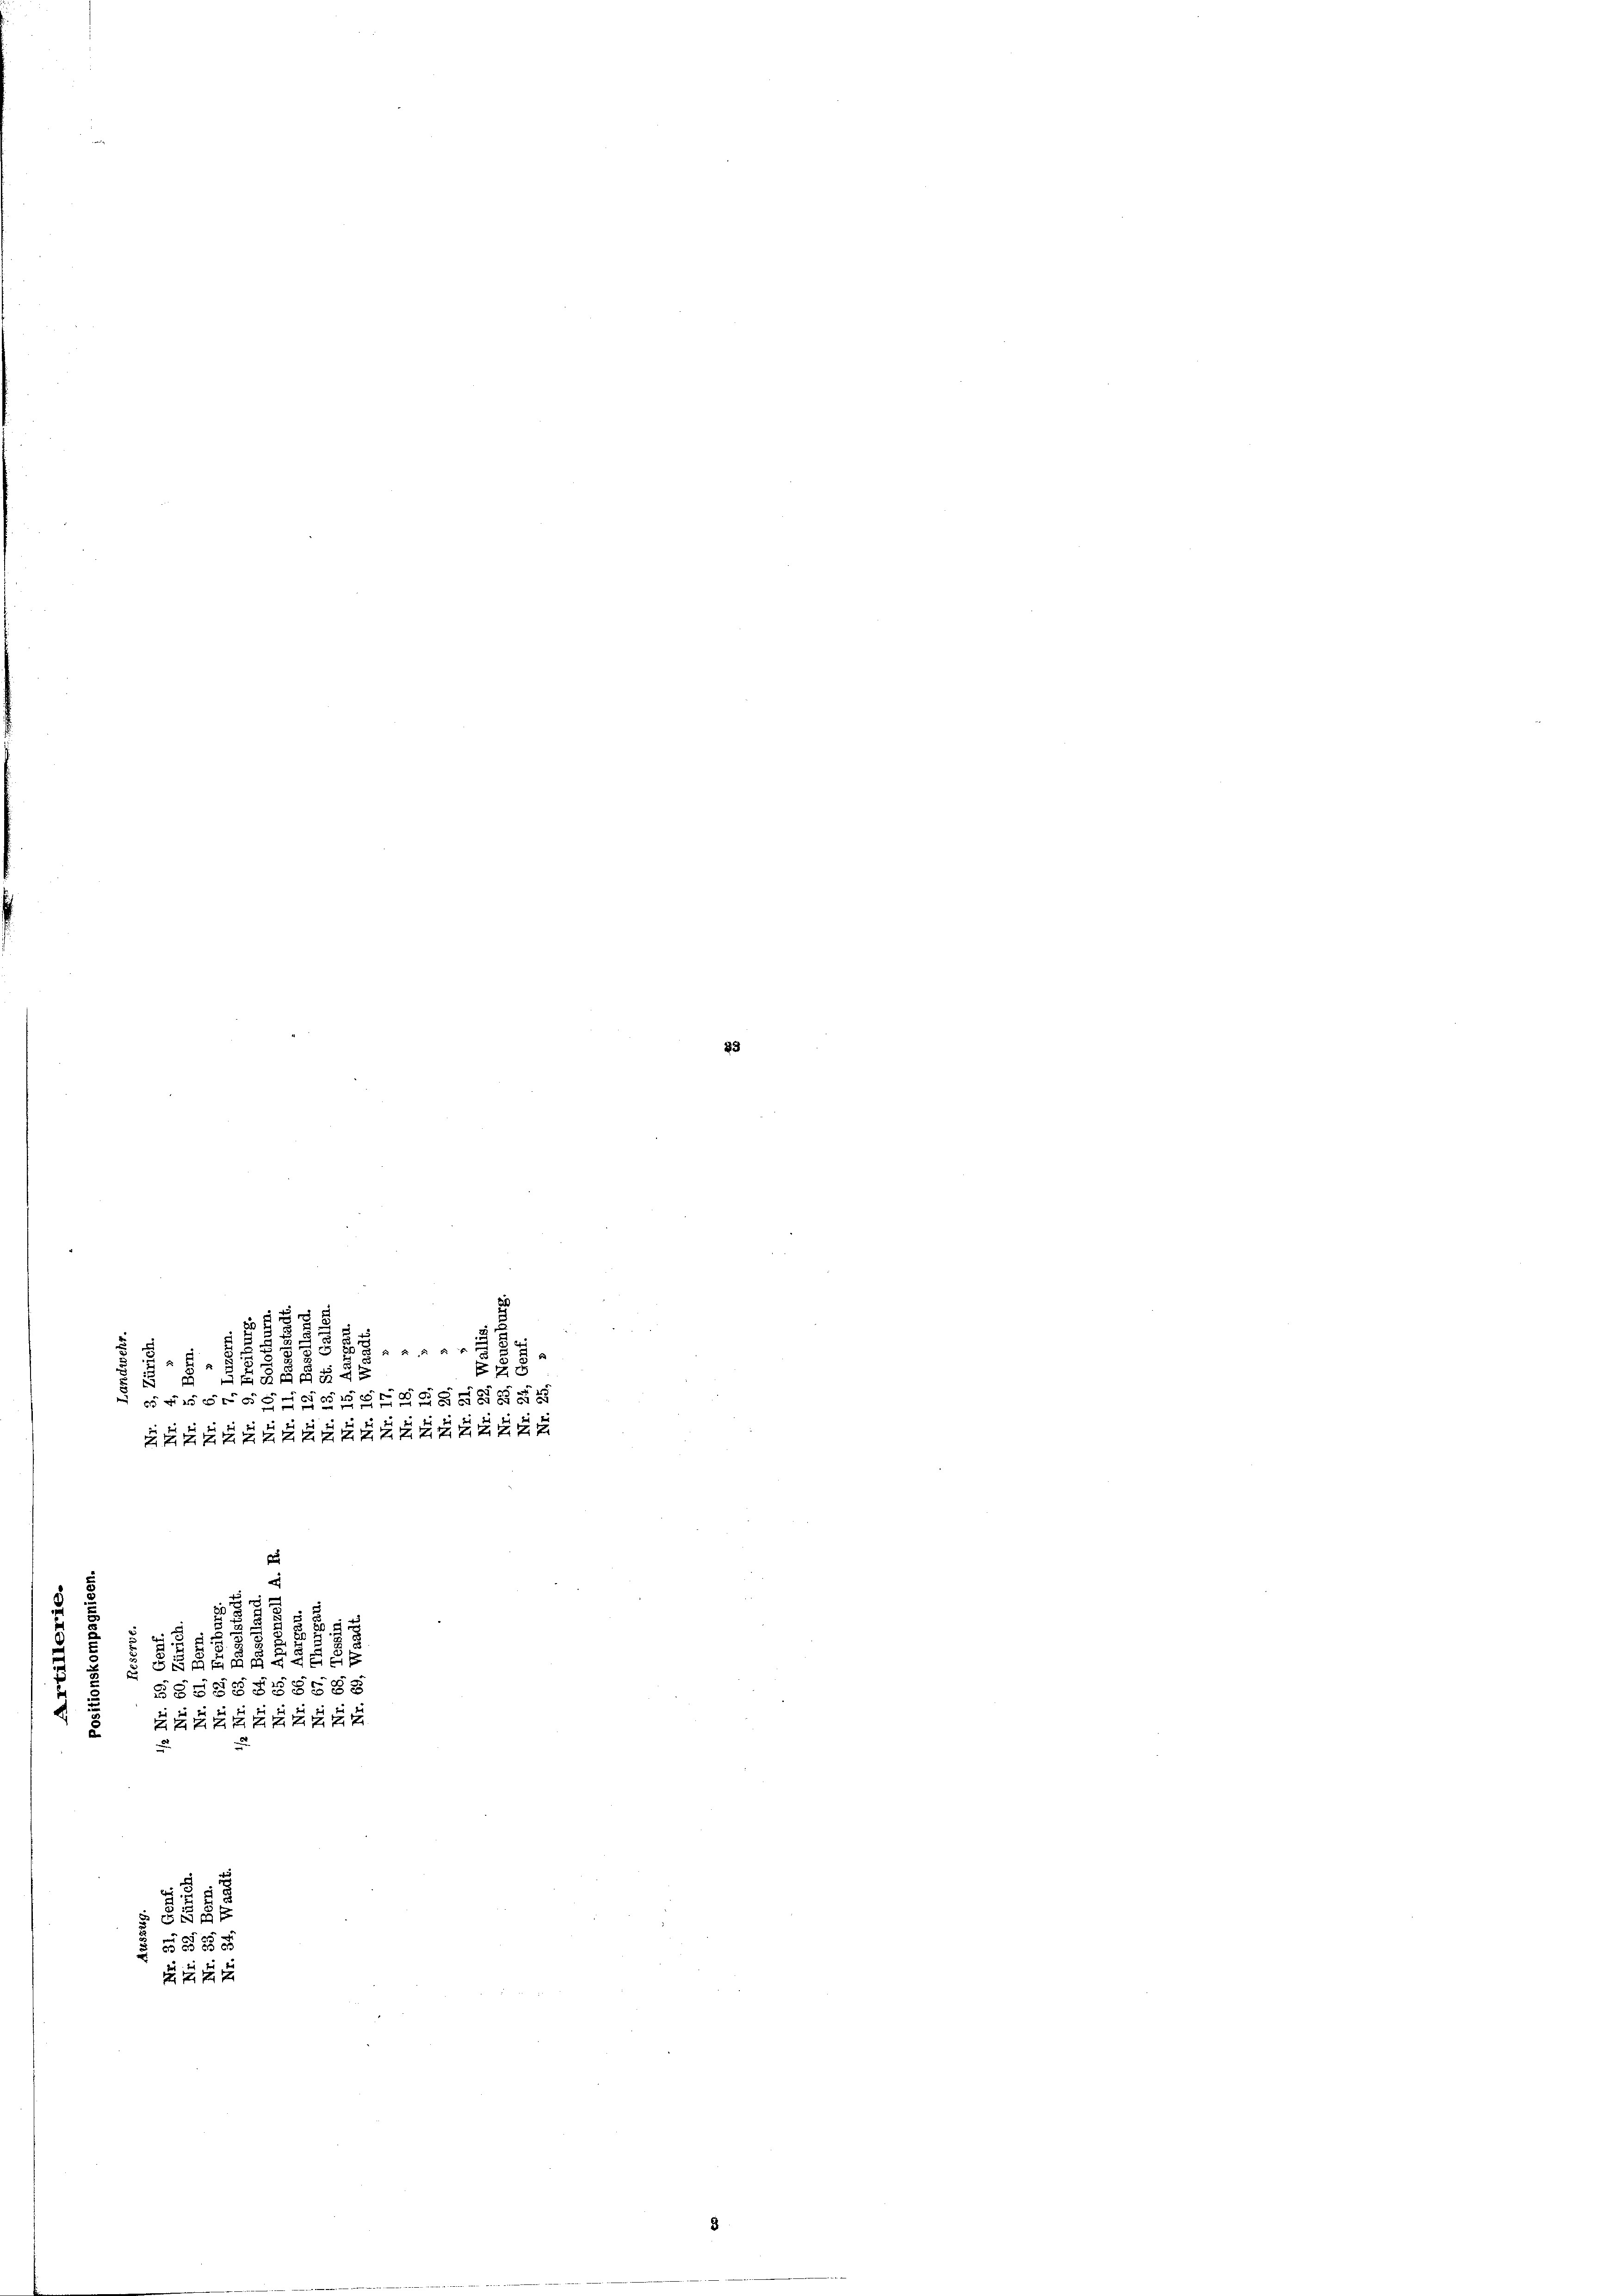
3

.

E
xx
u
B
x

2
854
e
du
e
x

ei
52

§§§§§§gsg
xx

u
a
e

5
2
2
2
wi
.
Ee

x

f 4 x